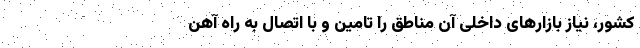
کشور، نیاز بازارهای داخلی آن مناطق را تامین و با اتصال به راه آهن